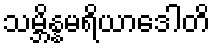
သမ္ဘိန္နမရိယာဒေါတိ